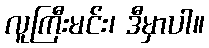
လူကြီးမင်း၊ ဒီမှာပါ။